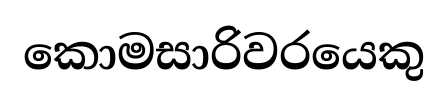
කොමසාරිවරයෙකු